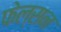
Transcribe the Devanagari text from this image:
फेल्सन